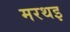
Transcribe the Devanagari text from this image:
मरथइ